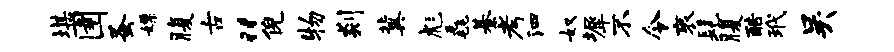
堪圉蚤嫖腹古“倪物剡冀彪毳綦考泗奴墀不令衮髦腹酷玳吴